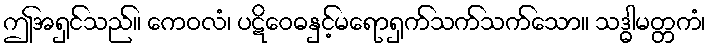
ဤအရှင်သည်။ ကေဝလံ၊ ပဋိဝေဓနှင့်မရောရှက်သက်သက်သော။ သဒ္ဓါမတ္တကံ၊